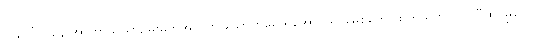
လပေါ်ကနေ အာကာသယာဉ်မှူးတွေအတွက် သောက်ရေ ရအောင် ရင်းမြစ်တွေ ထုတ်ယူတာလို တီထွင်မှုတွေ